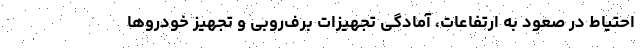
احتیاط در صعود به ارتفاعات، آمادگی تجهیزات برف‌روبی و تجهیز خودروها